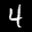
Label: 4